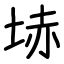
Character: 𡋽